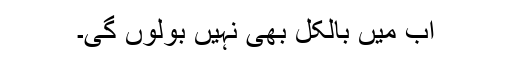
اب میں بالکل بھی نہیں بولوں گی۔